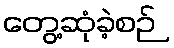
တွေ့ဆုံခဲ့စဉ်